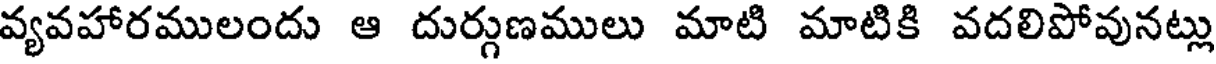
వ్యవహారములందు ఆ దుర్గుణములు మాటి మాటికి వదలిపోవునట్లు